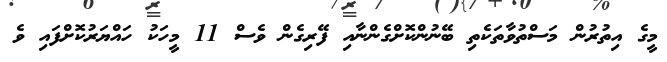
މީގެ އިތުރުން މަސްތުވާތަކެތި ބޭނުންކޮށްގެންނާއި ފޭރިގެން ވެސް 11 މީހަކު ހައްޔަރުކޮށްފައި ވެ